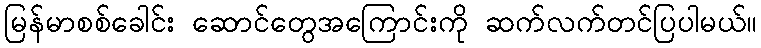
မြန်မာစစ်ခေါင်း ဆောင်တွေအကြောင်းကို ဆက်လက်တင်ပြပါမယ်။